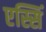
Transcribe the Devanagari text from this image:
एस्सिं